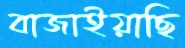
বাজাইয়াছি